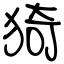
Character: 猗